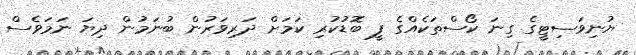
ޔުނިވަސިޓީގެ ގިނަ ކޯސްތަކެއްގެ ފީ ބޮޑުކުރި ކަމަށް ދަރިވަރުން ބުނަމުން ދިޔަ ނަމަވެސް